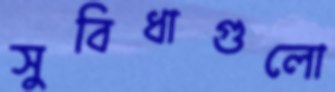
সুবিধাগুলো